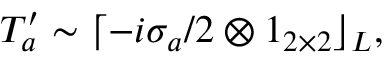
T _ { a } ^ { \prime } \sim \lceil - i \sigma _ { a } / 2 \otimes 1 _ { 2 \times 2 } \rfloor _ { L } ,